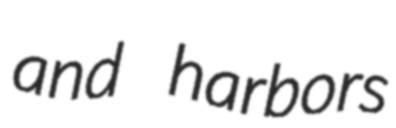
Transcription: and harbors